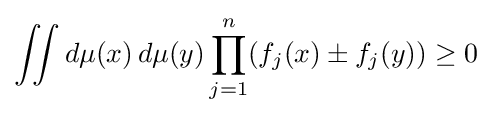
\iint d\mu (x)\,d\mu (y)\prod _{j=1}^{n}(f_{j}(x)\pm f_{j}(y))\geq 0